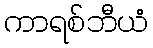
ကာရစ်ဘီယံ